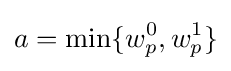
a=\min\{w_{p}^{0},w_{p}^{1}\}